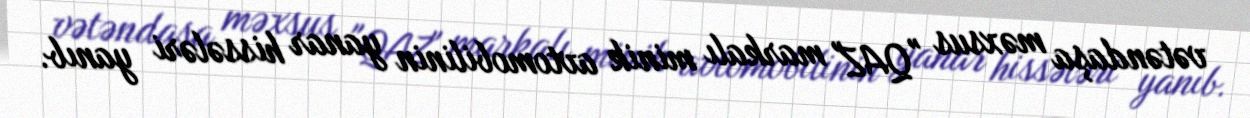
vətəndaşa məxsus "QAZ" markalı minik avtomobilinin yanar hissələri yanıb.